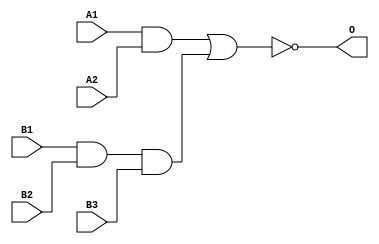
module JD23A(A1, A2, B1, B2, B3, O);
input   A1;
input   A2;
input   B1;
input   B2;
input   B3;
output  O;
and g0(w0, A1, A2);
and g1(w3, B1, B2, B3);
nor g2(O, w0, w3);
endmodule